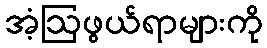
အံ့ဩဖွယ်ရာများကို